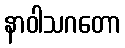
နာဝါသဂတော